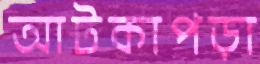
আটকাপড়া